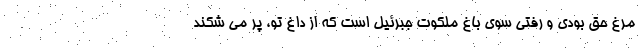
مرغ حقّ بودی و رفتی سوی باغ ملکوت جبرئیل است که از داغ تو، پر می شکند